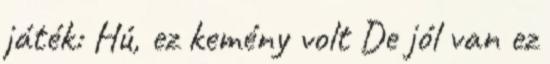
játék: Hú, ez kemény volt De jól van ez